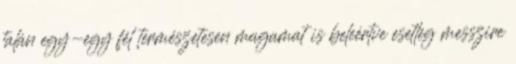
talán egy-egy fél természetesen magamat is beleértve esetleg messzire